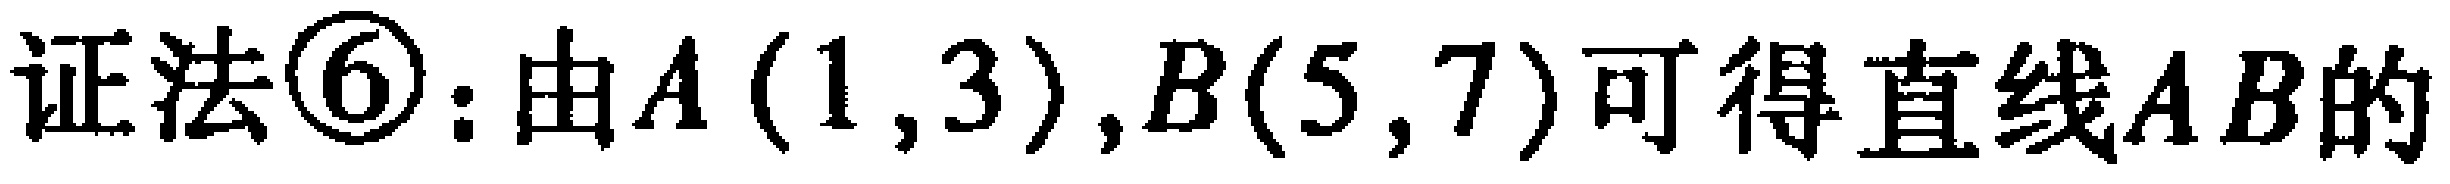
证法\textcircled{6}：由$A(1,3),B(5,7)$可得直线$AB$的